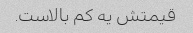
قیمتش یه کم بالاست.